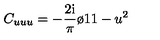
C _ { u u u } = - { \frac { 2 \mathrm { i } } { \pi } } { \o { 1 } { 1 - u ^ { 2 } } }